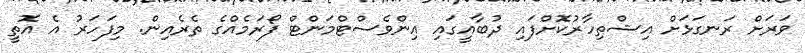
ވަރަށް ރަނގަޅަށް އިޝްތިހާރުކޮށްފައި ދުބާއީގައި އިންވެސްޓްމަންޓް ފޯރަމެއްގެ ތެރެއިން. މިފަހަރު އެ އޮތީ